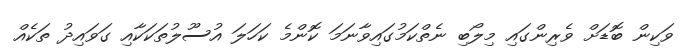
ވަކިން ބޮޑަށް ވެރިންގައި މިލޯބި ނެތްކަމުގައިވާނަމަ ކޮންމެ ކަހަލަ އުސޫލުތަކަކާއި ގަވައިދު ތަކެއް